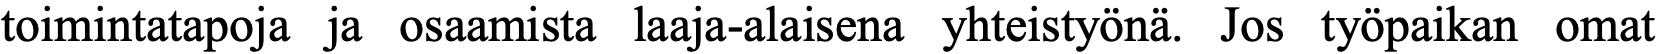
toimintatapoja ja osaamista laaja-alaisena yhteistyönä. Jos työpaikan omat